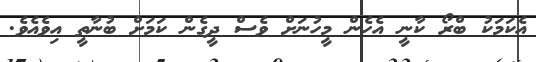
އެކަމަކު ބްރޯ ކާނީ އެހެން މީހުނަށް ވެސް ދީގެން ކަމަށް ބުނާތީ އިވެއެވެ.